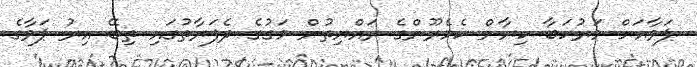
ޕަވާއަށް މަރުހަބާ ކިޔާން ކެމެރޫންގެ ރައްޔިތުން މަގުގެ ދެފަރާތުގައި ތިބޭ އިރު ޕަވާގެ